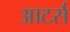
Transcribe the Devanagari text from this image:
आटर्स